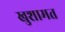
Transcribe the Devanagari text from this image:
खुशामत